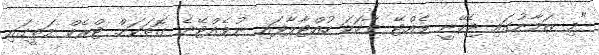
"މި ޒަމާނުގައި ޖެހޭނީ ވެއްޓޭ ވާހަކަ ހުއްޓާލާފައި ނުވެއްޓޭނެ ގޮތަކަށް ޓްރެކް މަތީގައި